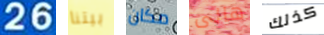
26 بيتنا مكان هالى كذلك